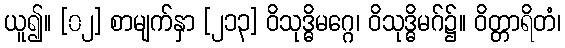
ယူ၍။ [၀၂] စာမျက်နှာ [၂၁၃] ဝိသုဒ္ဓိမဂ္ဂေ၊ ဝိသုဒ္ဓိမဂ်၌။ ဝိတ္တာရိတံ၊